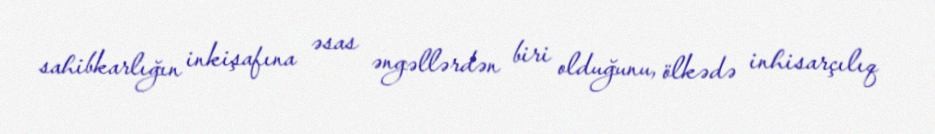
sahibkarlığın inkişafına əsas əngəllərdən biri olduğunu, ölkədə inhisarçılıq